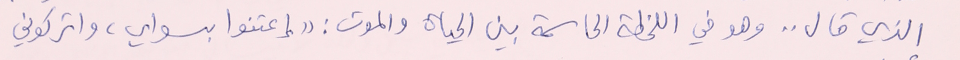
الذي قال .. وهو في اللحظة الحاسمة بين الحياة والموت : "إعتنوا بسواي، واتركوني